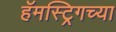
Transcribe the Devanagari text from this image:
हॅमस्ट्रिगच्या